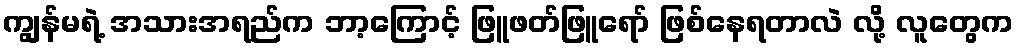
ကျွန်မရဲ့ အသားအရည်က ဘာ့ကြောင့် ဖြူဖတ်ဖြူရော် ဖြစ်နေရတာလဲ လို့ လူတွေက